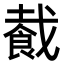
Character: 𬲏